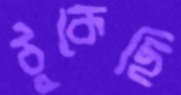
ঠুকেছি